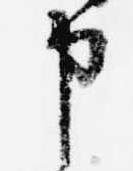
申